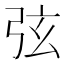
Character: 弦